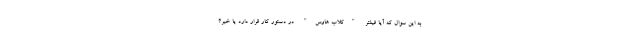
به این سوال که آیا فیلتر "کلاب هاوس" در دستور کار قرار دارد یا خیر؟